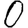
Digit: 0